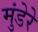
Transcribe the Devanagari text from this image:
मुंडेरे